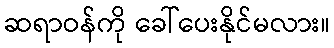
ဆရာဝန်ကို ခေါ်ပေးနိုင်မလား။